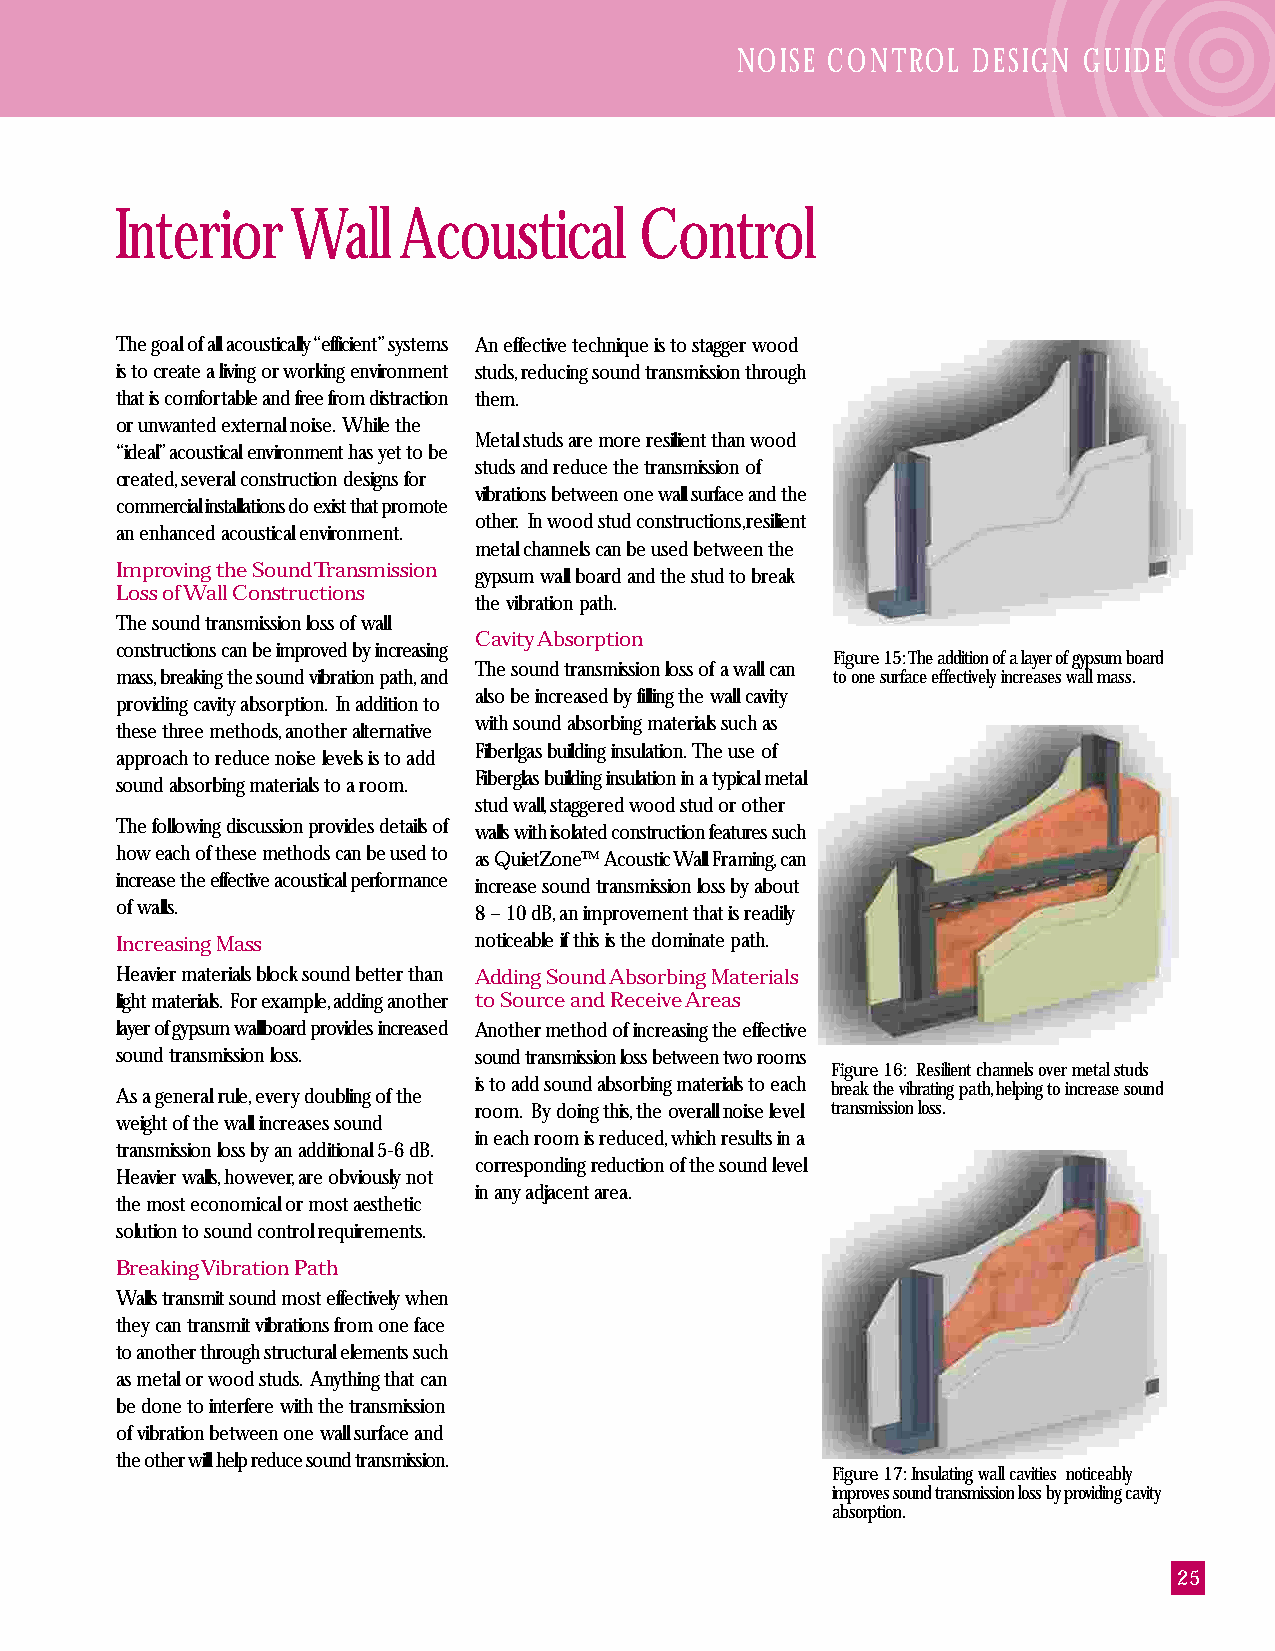
NOISE CONTROL  DESIGN  GUIDE
 Interior   Wall   Acoustical      Control
 The goal of all acoustically “efficient” systems An effective technique is to stagger wood
 is to create a living or working environment studs, reducing sound transmission through
 that is comfortable and free from distraction them.
 or unwanted external noise. While the
 Metal studs are more resilient than wood
 “ideal” acoustical environment has yet to be
 studs and reduce the transmission of
 created, several construction designs for
 vibrations between one wall surface and the
 commercial installations do exist that promote
 other. In wood stud constructions, resilient
 an enhanced acoustical environment.
 metal channels can be used between the
 Improving the Sound Transmission gypsum wall board and the stud to break
 Loss of Wall Constructions
 the vibration path.
 The sound transmission loss of wall
 Cavity Absorption
 constructions can be improved by increasing
 Figure 15: The addition of a layer of gypsum board
 The sound transmission loss of a wall can
 mass, breaking the sound vibration path, and   to one surface effectively increases wall mass.
 also be increased by filling the wall cavity
 providing cavity absorption. In addition to
 with sound absorbing materials such as
 these three methods, another alternative
 Fiberlgas building insulation. The use of
 approach to reduce noise levels is to add
 Fiberglas building insulation in a typical metal
 sound absorbing materials to a room.
 stud wall, staggered wood stud or other
 The following discussion provides details of walls with isolated construction features such
 how each of these methods can be used to as QuietZone™ Acoustic Wall Framing, can
 increase the effective acoustical performance increase sound transmission loss by about
 of walls.              8 – 10 dB, an improvement that is readily
 Increasing Mass        noticeable if this is the dominate path.
 Heavier materials block sound better than Adding Sound Absorbing Materials
 light materials. For example, adding another to Source and Receive Areas
 layer of gypsum wallboard provides increased Another method of increasing the effective
 sound transmission loss. sound transmission loss between two rooms
 Figure 16: Resilient channels over metal studs
 As a general rule, every doubling of the is to add sound absorbing materials to each break the vibrating path, helping to increase sound
 room. By doing this, the overall noise level transmission loss.
 weight of the wall increases sound
 in each room is reduced, which results in a
 transmission loss by an additional 5-6 dB.
 corresponding reduction of the sound level
 Heavier walls, however, are obviously not
 in any adjacent area.
 the most economical or most aesthetic
 solution to sound control requirements.
 Breaking Vibration Path
 Walls transmit sound most effectively when
 they can transmit vibrations from one face
 to another through structural elements such
 as metal or wood studs. Anything that can
 be done to interfere with the transmission
 of vibration between one wall surface and
 the other will help reduce sound transmission.
 Figure 17: Insulating wall cavities noticeably
 improves sound transmission loss by providing cavity
 absorption.
 25